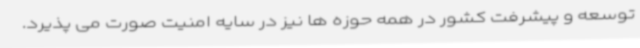
توسعه و پیشرفت کشور در همه حوزه ها نیز در سایه امنیت صورت می پذیرد.